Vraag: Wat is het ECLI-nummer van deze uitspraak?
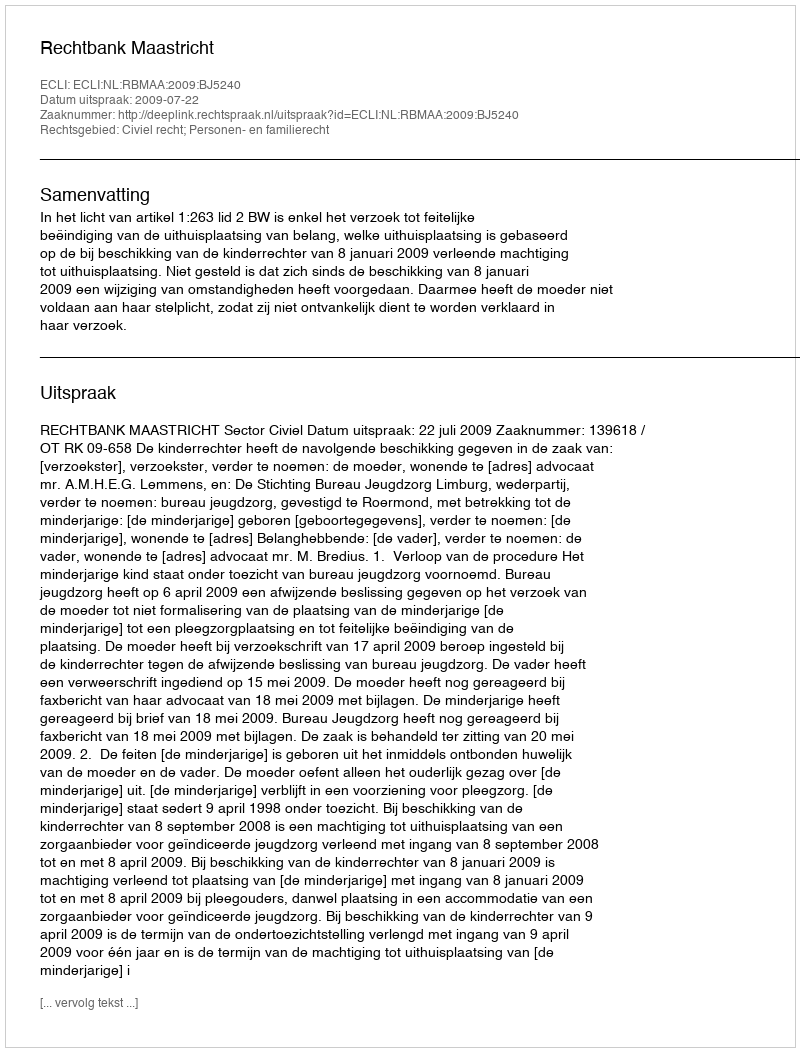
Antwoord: ECLI:NL:RBMAA:2009:BJ5240